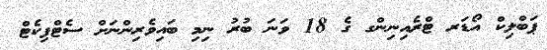
ޕަބްލިކް އޯޑަރ ޓްރެއިނިންގ ގެ 18 ވަނަ ބުރު ނިމި ބައިވެރިންނަށް ސެޓްފިކެޓް